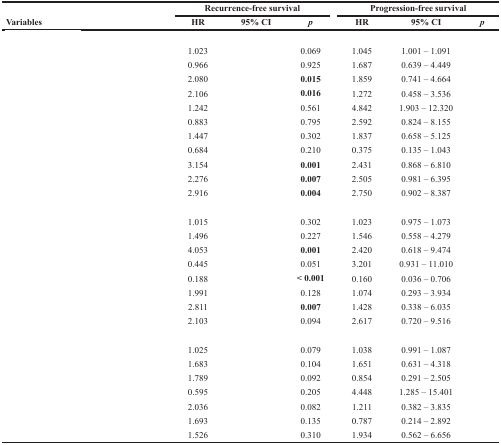
<table><thead><tr><td rowspan="2"><b>Variables</b></td><td colspan="3"><b>Recurrence-free survival</b></td><td colspan="3"><b>Progression-free survival</b></td></tr><tr><td><b>HR</b></td><td><b>95% CI</b></td><td><b><i>p</i></b></td><td><b>HR</b></td><td><b>95% CI</b></td><td><b><i>p</i></b></td></tr></thead><tbody><tr><td colspan="7">[EMPTY_CELL]</td></tr><tr><td>[EMPTY_CELL]</td><td>1.023</td><td>[EMPTY_CELL]</td><td>0.069</td><td>1.045</td><td>1.001 – 1.091</td><td>[EMPTY_CELL]</td></tr><tr><td>[EMPTY_CELL]</td><td>0.966</td><td>[EMPTY_CELL]</td><td>0.925</td><td>1.687</td><td>0.639 – 4.449</td><td>[EMPTY_CELL]</td></tr><tr><td>[EMPTY_CELL]</td><td>2.080</td><td>[EMPTY_CELL]</td><td><b>0.015</b></td><td>1.859</td><td>0.741 – 4.664</td><td>[EMPTY_CELL]</td></tr><tr><td>[EMPTY_CELL]</td><td>2.106</td><td>[EMPTY_CELL]</td><td><b>0.016</b></td><td>1.272</td><td>0.458 – 3.536</td><td>[EMPTY_CELL]</td></tr><tr><td>[EMPTY_CELL]</td><td>1.242</td><td>[EMPTY_CELL]</td><td>0.561</td><td>4.842</td><td>1.903 – 12.320</td><td>[EMPTY_CELL]</td></tr><tr><td>[EMPTY_CELL]</td><td>0.883</td><td>[EMPTY_CELL]</td><td>0.795</td><td>2.592</td><td>0.824 – 8.155</td><td>[EMPTY_CELL]</td></tr><tr><td>[EMPTY_CELL]</td><td>1.447</td><td>[EMPTY_CELL]</td><td>0.302</td><td>1.837</td><td>0.658 – 5.125</td><td>[EMPTY_CELL]</td></tr><tr><td>[EMPTY_CELL]</td><td>0.684</td><td>[EMPTY_CELL]</td><td>0.210</td><td>0.375</td><td>0.135 – 1.043</td><td>[EMPTY_CELL]</td></tr><tr><td>[EMPTY_CELL]</td><td>3.154</td><td>[EMPTY_CELL]</td><td><b>0.001</b></td><td>2.431</td><td>0.868 – 6.810</td><td>[EMPTY_CELL]</td></tr><tr><td>[EMPTY_CELL]</td><td>2.276</td><td>[EMPTY_CELL]</td><td><b>0.007</b></td><td>2.505</td><td>0.981 – 6.395</td><td>[EMPTY_CELL]</td></tr><tr><td>[EMPTY_CELL]</td><td>2.916</td><td>[EMPTY_CELL]</td><td><b>0.004</b></td><td>2.750</td><td>0.902 – 8.387</td><td>[EMPTY_CELL]</td></tr><tr><td colspan="7">[EMPTY_CELL]</td></tr><tr><td>[EMPTY_CELL]</td><td>1.015</td><td>[EMPTY_CELL]</td><td>0.302</td><td>1.023</td><td>0.975 – 1.073</td><td>[EMPTY_CELL]</td></tr><tr><td>[EMPTY_CELL]</td><td>1.496</td><td>[EMPTY_CELL]</td><td>0.227</td><td>1.546</td><td>0.558 – 4.279</td><td>[EMPTY_CELL]</td></tr><tr><td>[EMPTY_CELL]</td><td>4.053</td><td>[EMPTY_CELL]</td><td><b>0.001</b></td><td>2.420</td><td>0.618 – 9.474</td><td>[EMPTY_CELL]</td></tr><tr><td>[EMPTY_CELL]</td><td>0.445</td><td>[EMPTY_CELL]</td><td>0.051</td><td>3.201</td><td>0.931 – 11.010</td><td>[EMPTY_CELL]</td></tr><tr><td>[EMPTY_CELL]</td><td>0.188</td><td>[EMPTY_CELL]</td><td><b>&lt; 0.001</b></td><td>0.160</td><td>0.036 – 0.706</td><td>[EMPTY_CELL]</td></tr><tr><td>[EMPTY_CELL]</td><td>1.991</td><td>[EMPTY_CELL]</td><td>0.128</td><td>1.074</td><td>0.293 – 3.934</td><td>[EMPTY_CELL]</td></tr><tr><td>[EMPTY_CELL]</td><td>2.811</td><td>[EMPTY_CELL]</td><td><b>0.007</b></td><td>1.428</td><td>0.338 – 6.035</td><td>[EMPTY_CELL]</td></tr><tr><td>[EMPTY_CELL]</td><td>2.103</td><td>[EMPTY_CELL]</td><td>0.094</td><td>2.617</td><td>0.720 – 9.516</td><td>[EMPTY_CELL]</td></tr><tr><td colspan="7">[EMPTY_CELL]</td></tr><tr><td>[EMPTY_CELL]</td><td>1.025</td><td>[EMPTY_CELL]</td><td>0.079</td><td>1.038</td><td>0.991 – 1.087</td><td>[EMPTY_CELL]</td></tr><tr><td>[EMPTY_CELL]</td><td>1.683</td><td>[EMPTY_CELL]</td><td>0.104</td><td>1.651</td><td>0.631 – 4.318</td><td>[EMPTY_CELL]</td></tr><tr><td>[EMPTY_CELL]</td><td>1.789</td><td>[EMPTY_CELL]</td><td>0.092</td><td>0.854</td><td>0.291 – 2.505</td><td>[EMPTY_CELL]</td></tr><tr><td>[EMPTY_CELL]</td><td>0.595</td><td>[EMPTY_CELL]</td><td>0.205</td><td>4.448</td><td>1.285 – 15.401</td><td>[EMPTY_CELL]</td></tr><tr><td>[EMPTY_CELL]</td><td>2.036</td><td>[EMPTY_CELL]</td><td>0.082</td><td>1.211</td><td>0.382 – 3.835</td><td>[EMPTY_CELL]</td></tr><tr><td>[EMPTY_CELL]</td><td>1.693</td><td>[EMPTY_CELL]</td><td>0.135</td><td>0.787</td><td>0.214 – 2.892</td><td>[EMPTY_CELL]</td></tr><tr><td>[EMPTY_CELL]</td><td>1.526</td><td>[EMPTY_CELL]</td><td>0.310</td><td>1.934</td><td>0.562 – 6.656</td><td>[EMPTY_CELL]</td></tr></tbody></table>